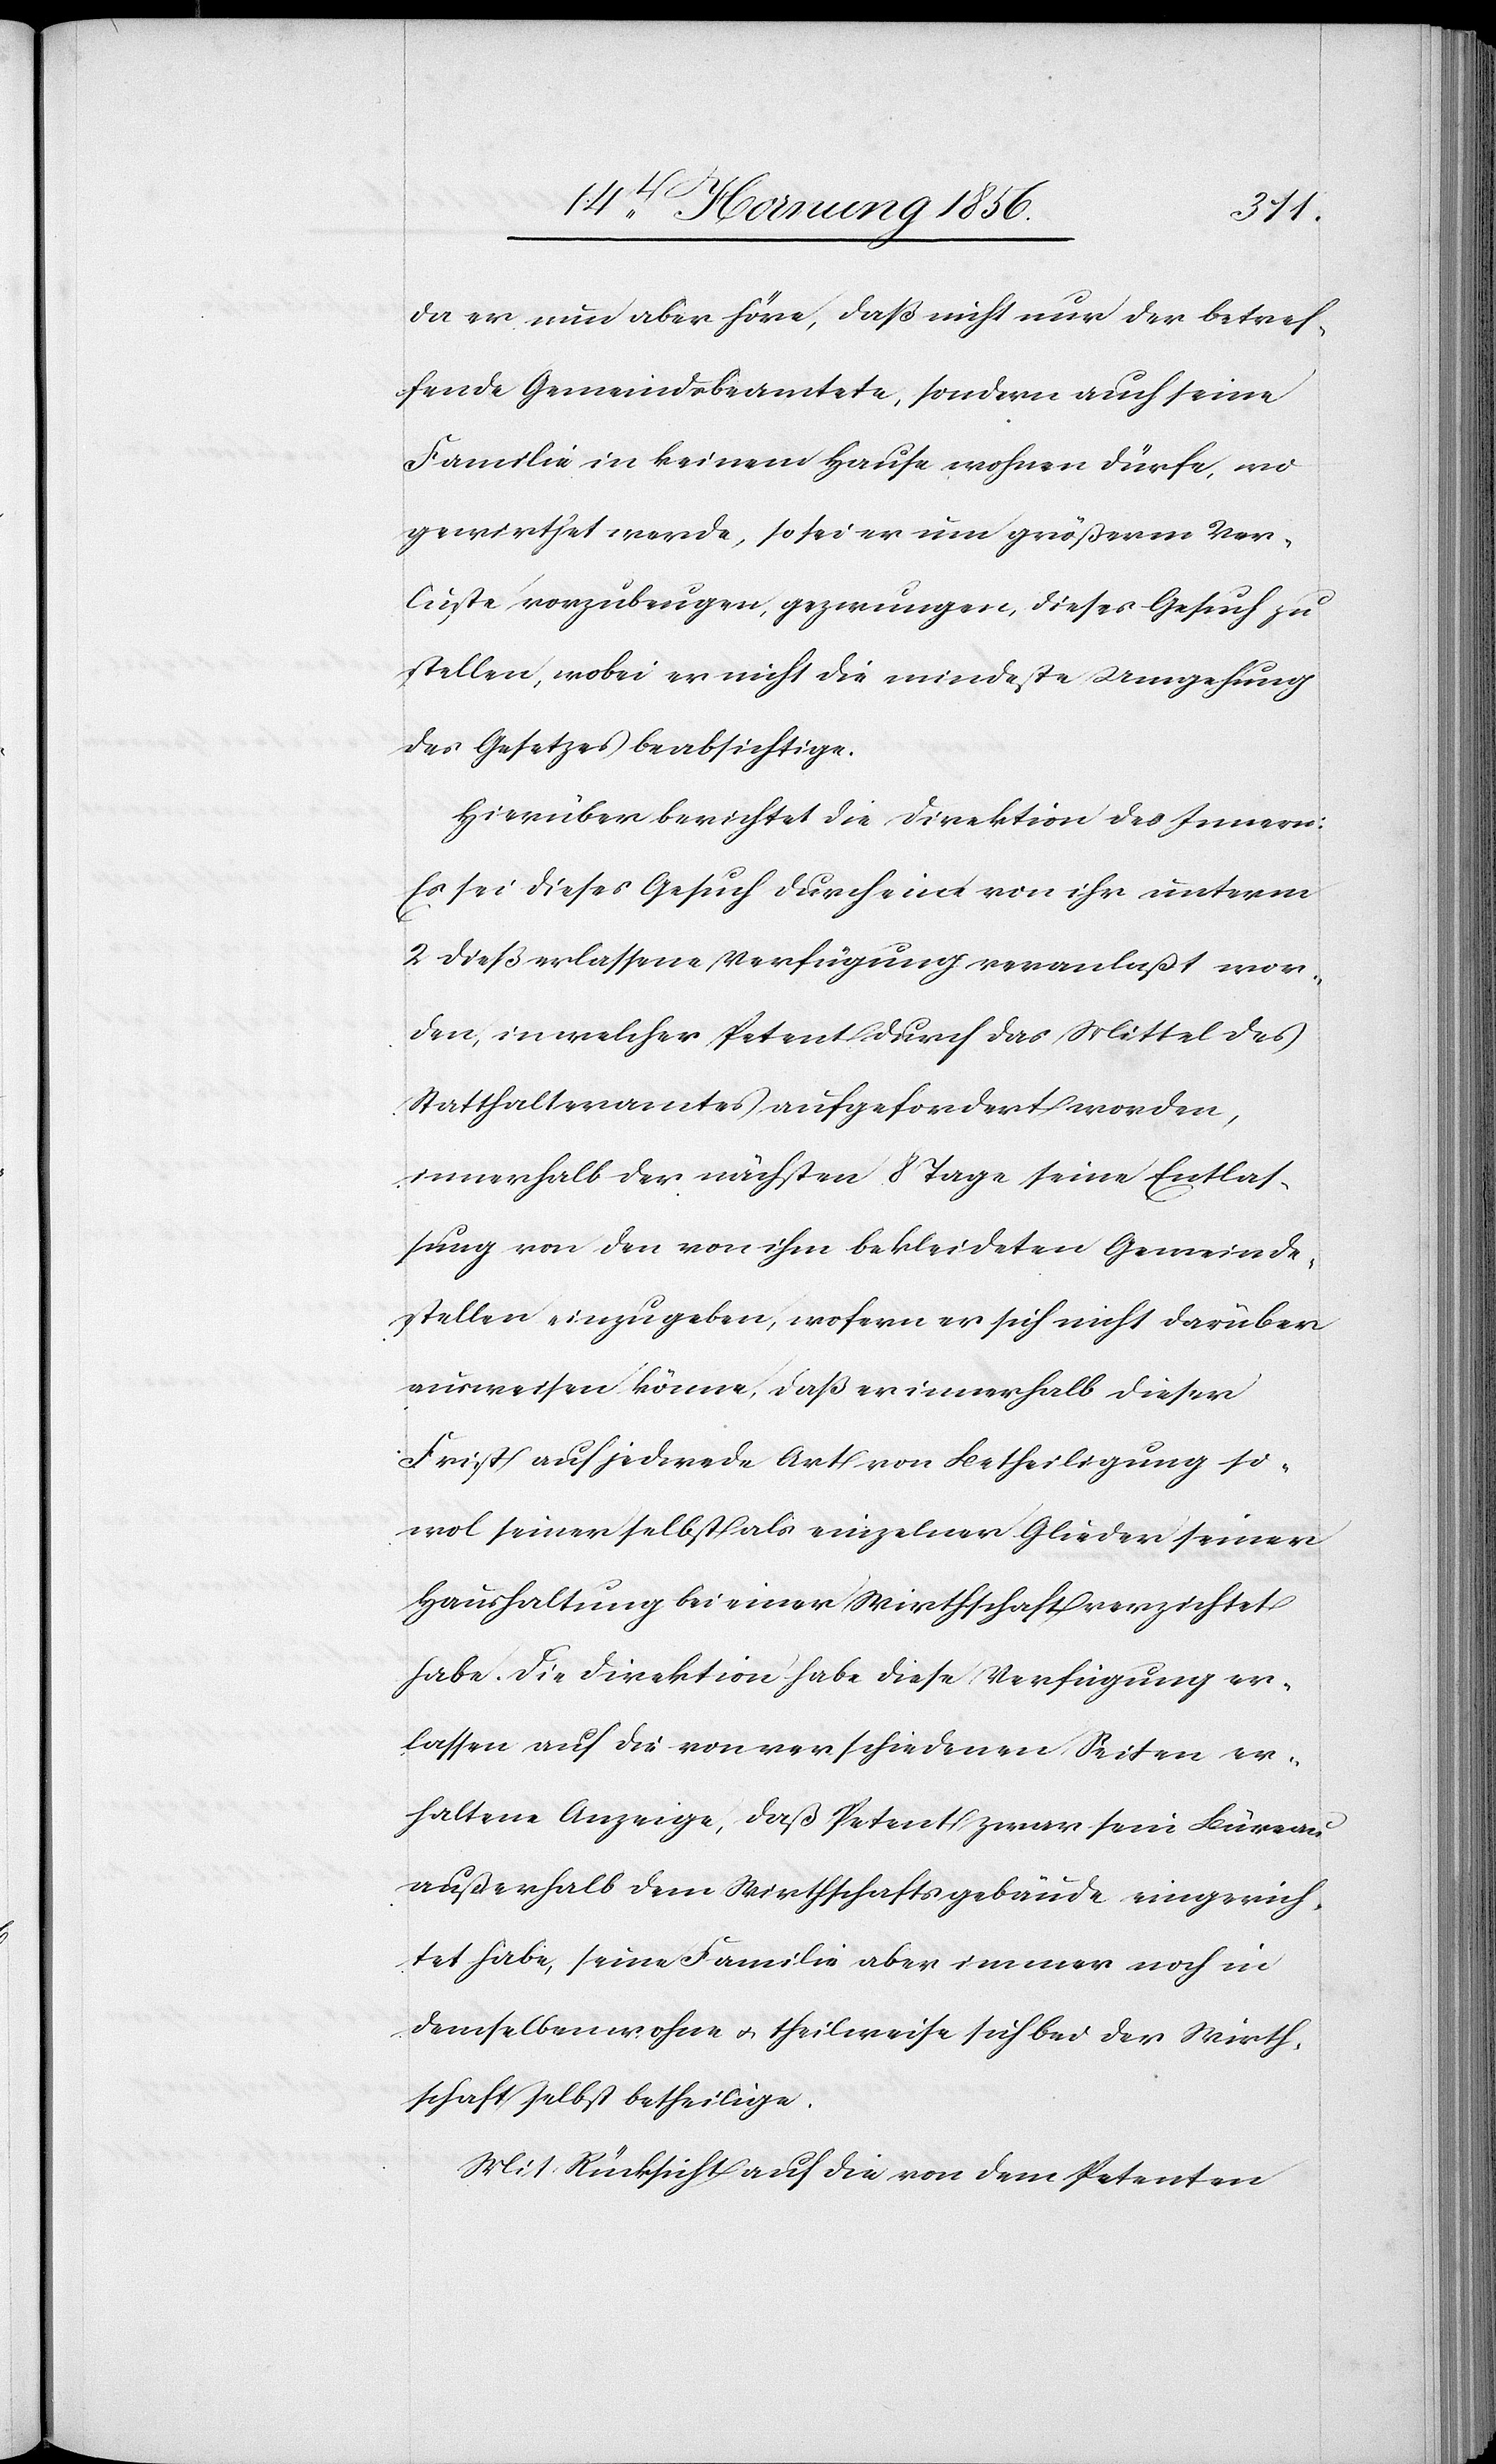
da er nun aber höre, daß nicht nur der betref¬
fende Gemeindsbeamtete, sondern auch seine
Familie in keinem Hause wohnen dürfe, wo
gewirthet werde, so sei er um größerm Ver¬
luste vorzubeugen, gezwungen, dieses Gesuch zu
stellen, wobei er nicht die mindeste Umgehung
des Gesetzes beabsichtige.
Hierüber berichtet die Direktion des Innern:
Es sei dieses Gesuch durch eine von ihr unterm
2 dieß erlassene Verfügung veranlaßt wor¬
den, in welcher Petent durch das Mittel des
Statthalteramtes aufgefordert worden,
innerhalb der nächsten 8 Tage seine Entlas¬
sung von den von ihm bekleideten Gemeinde¬
stellen einzugeben, wofern er sich nicht darüber
ausweisen könne, daß er innerhalb dieser
Frist auf jedwede Art von Betheiligung so¬
wol seiner selbst als einzelner Glieder seiner
Haushaltung bei einer Wirthschaft verzichtet
habe. Die Direktion habe diese Verfügung er¬
lassen auf die von verschiedenen Seiten er¬
haltene Anzeige, daß Petent zwar sein Büreau
außerhalb dem Wirthschaftsgebäude eingerich¬
tet habe, seine Familie aber immer noch in
demselben wohne u. theilweise sich bei der Wirth¬
schaft selbst betheilige.
Mit Rücksicht auf die von dem Petenten